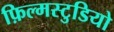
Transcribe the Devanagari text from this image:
फ़िल्मस्टुडियो